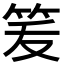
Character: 𰩶